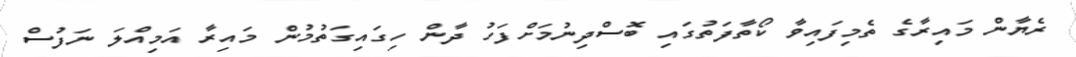
ރެޔާން މައިރާގެ ތެމިފައިވާ ކޯތާފަތުގައި ބޮސްދިނުމަށްފަހު ދާން ހިގައިގަތުމުން މައިރާ އަމިއްލަ ނަފުސް